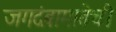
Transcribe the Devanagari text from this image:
जगदंबामातेची